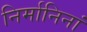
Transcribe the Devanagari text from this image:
निर्मानिनां